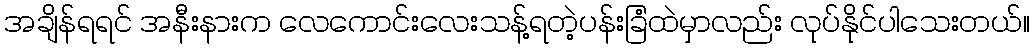
အချိန်ရရင် အနီးနားက လေကောင်းလေးသန့်ရတဲ့ပန်းခြံထဲမှာလည်း လုပ်နိုင်ပါသေးတယ်။